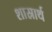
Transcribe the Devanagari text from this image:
शास्रार्थ